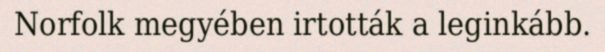
Norfolk megyében irtották a leginkább.